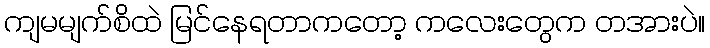
ကျမမျက်စိထဲ မြင်နေရတာကတော့ ကလေးတွေက တအားပဲ။